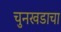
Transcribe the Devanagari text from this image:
चुनखडाचा